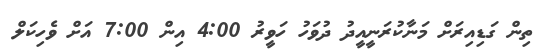
ތިން ގަޑިއިރަށް މަނާކުރަނީއީދު ދުވަހު ހަވީރު 4:00 އިން 7:00 އަށް ވެހިކަލް